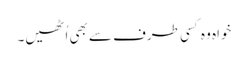
خواہ وہ کسی طرف سے بھی اُٹھیں۔